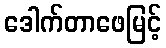
ဒေါက်တာဖေမြင့်